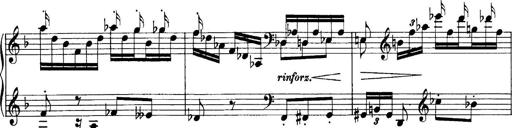
Title: Sonatina No.6
Composer: Ferruccio Busoni